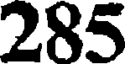
285